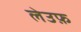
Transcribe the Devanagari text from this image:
लेउफ़